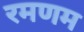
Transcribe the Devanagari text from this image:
रमणम